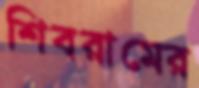
শিবরামের